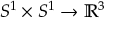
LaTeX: S ^ { 1 } \times S ^ { 1 } \to \mathbb { R } ^ { 3 }